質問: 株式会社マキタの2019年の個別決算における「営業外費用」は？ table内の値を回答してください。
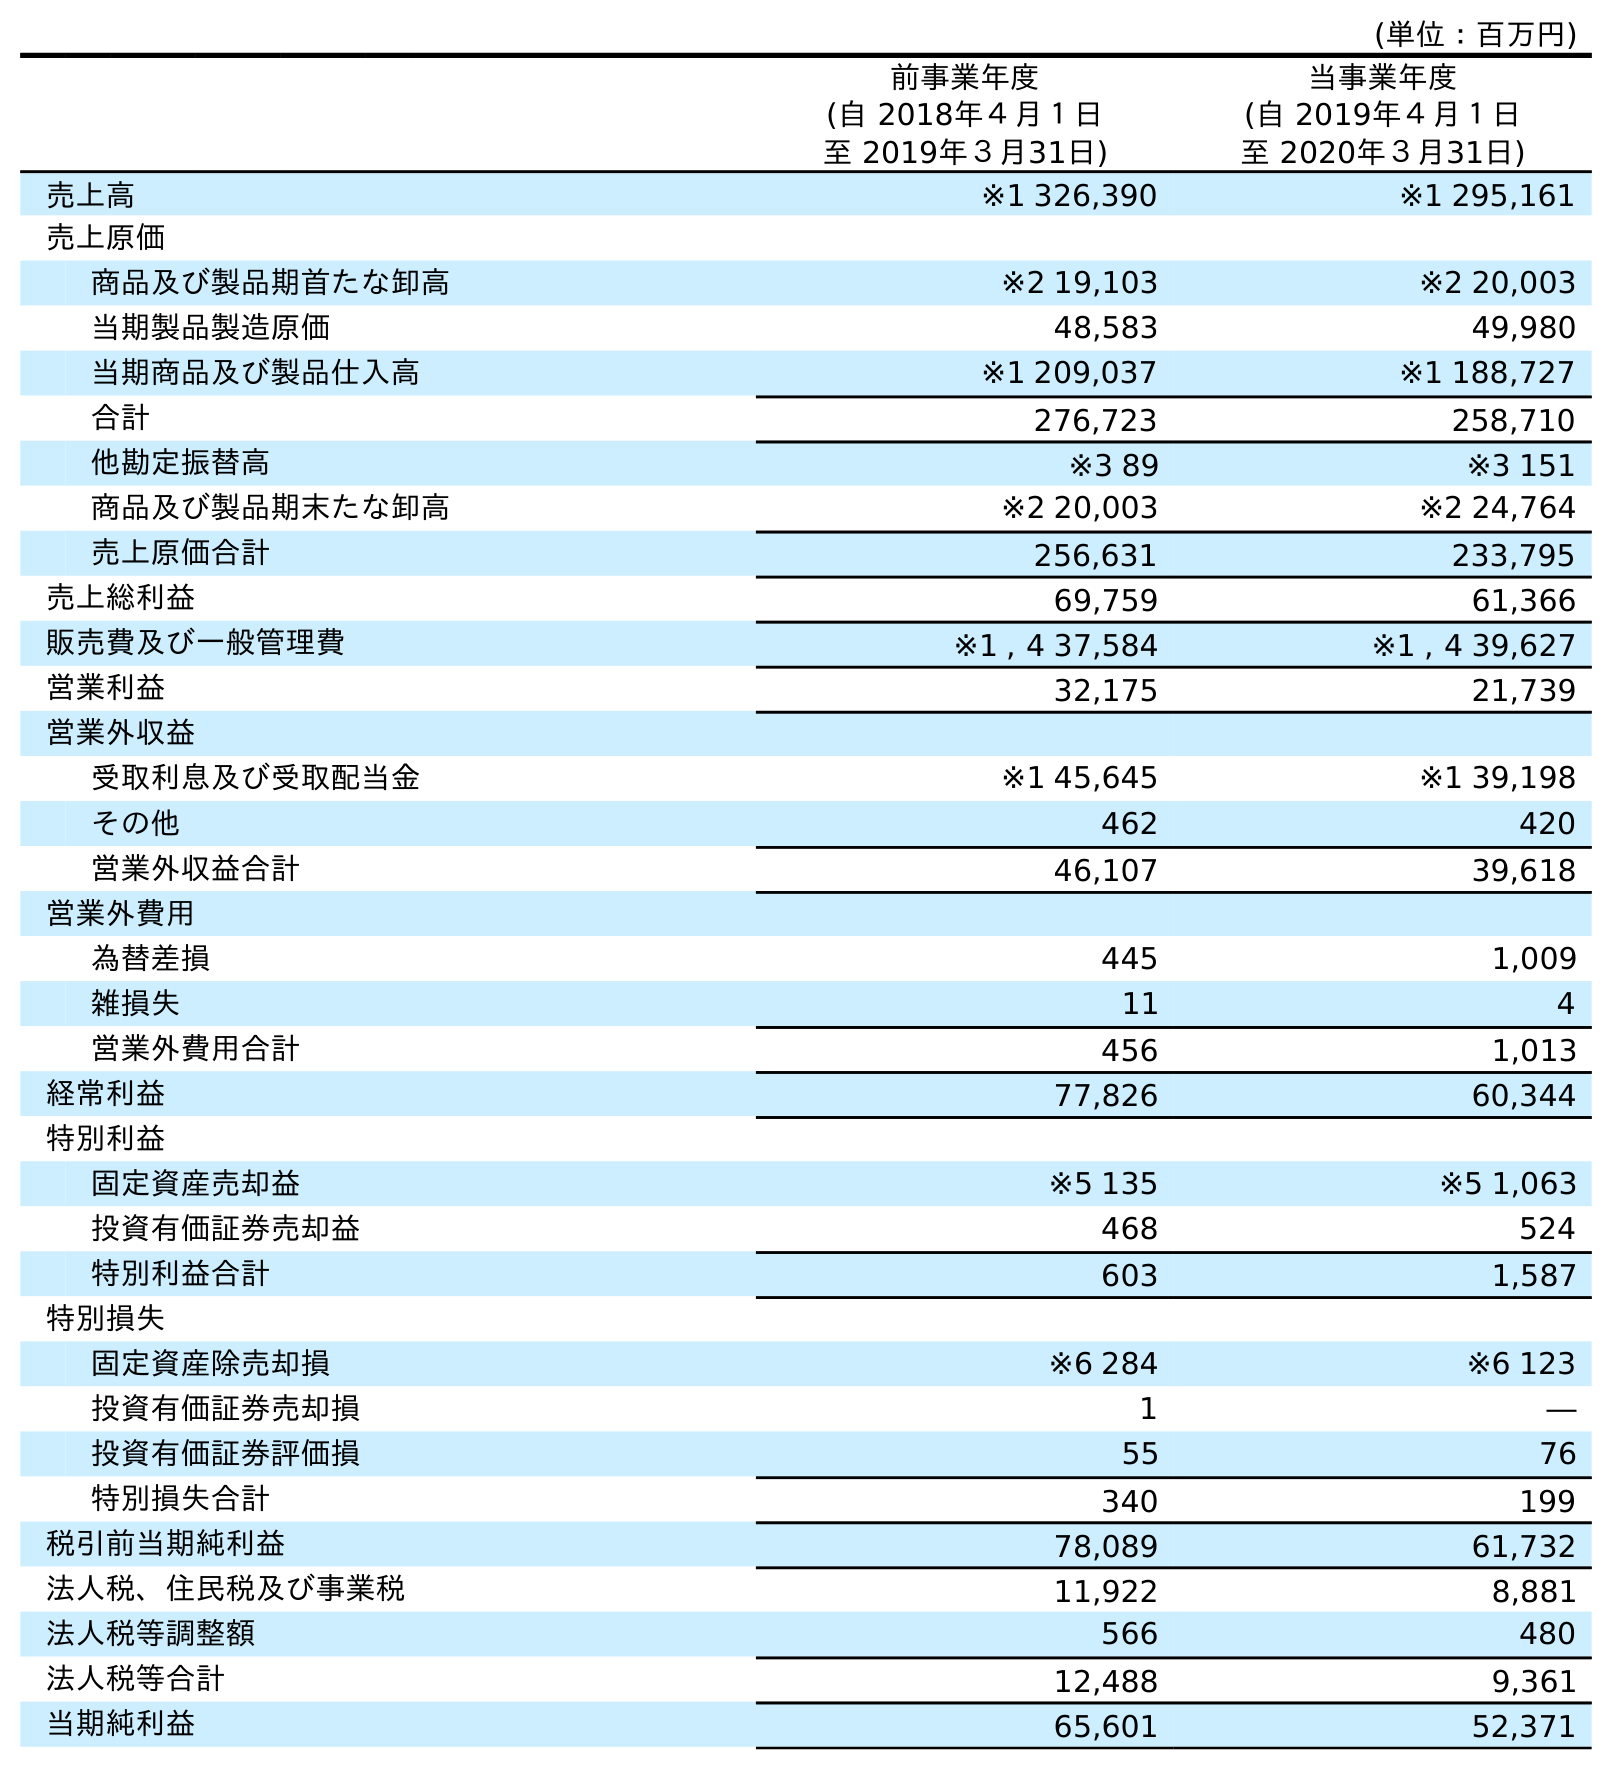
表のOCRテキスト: (単位：百万円) 前事業年度 (自 2018年４月１日 至 2019年３月31日) 当事業年度 (自 2019年４月１日 至 2020年３月31日) 売上高 ※1 326,390 ※1 295,161 売上原価 商品及び製品期首たな卸高 ※2 19,103 ※2 20,003 当期製品製造原価 48,583 49,980 当期商品及び製品仕入高 ※1 209,037 ※1 188,727 合計 276,723 258,710 他勘定振替高 ※3 89 ※3 151 商品及び製品期末たな卸高 ※2 20,003 ※2 24,764 売上原価合計 256,631 233,795 売上総利益 69,759 61,366 販売費及び一般管理費 ※1 , 4 37,584 ※1 , 4 39,627 営業利益 32,175 21,739 営業外収益 受取利息及び受取配当金 ※1 45,645 ※1 39,198 その他 462 420 営業外収益合計 46,107 39,618 営業外費用 為替差損 445 1,009 雑損失 11 4 営業外費用合計 456 1,013 経常利益 77,826 60,344 特別利益 固定資産売却益 ※5 135 ※5 1,063 投資有価証券売却益 468 524 特別利益合計 603 1,587 特別損失 固定資産除売却損 ※6 284 ※6 123 投資有価証券売却損 1 ― 投資有価証券評価損 55 76 特別損失合計 340 199 税引前当期純利益 78,089 61,732 法人税、住民税及び事業税 11,922 8,881 法人税等調整額 566 480 法人税等合計 12,488 9,361 当期純利益 65,601 52,371
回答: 456